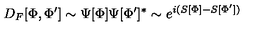
D _ { F } [ \Phi , \Phi ^ { \prime } ] \sim \Psi [ \Phi ] \Psi [ \Phi ^ { \prime } ] ^ { * } \sim e ^ { i ( S [ \Phi ] - S [ \Phi ^ { \prime } ] ) }